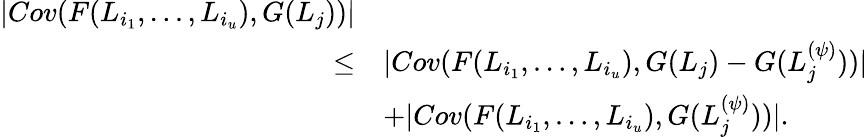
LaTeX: \begin{array}{rl}{|Cov(F(L_{i_{1}},\ldots,L_{i_{u}}),G(L_{j}))|}&{}\\ {\leq}&{|Cov(F(L_{i_{1}},\ldots,L_{i_{u}}),G(L_{j})-G(L_{j}^{(\psi)}))|}\\ &{+|Cov(F(L_{i_{1}},\ldots,L_{i_{u}}),G(L_{j}^{(\psi)}))|.}\end{array}